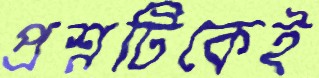
প্রশ্নটিকেই